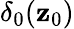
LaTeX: \delta_{0}(\mathbf{z}_{0})